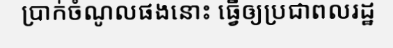
ប្រាក់ចំណូលផងនោះ ធ្វើឲ្យប្រជាពលរដ្ឋ